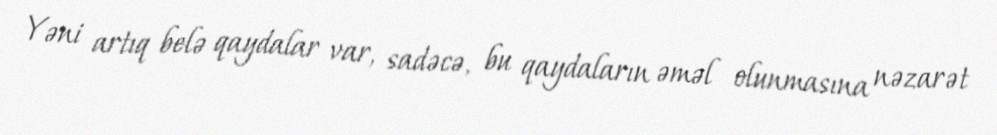
Yəni artıq belə qaydalar var, sadəcə, bu qaydaların əməl olunmasına nəzarət